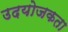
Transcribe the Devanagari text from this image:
उदयोजकता